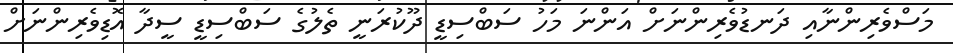
މަސްވެރިންނާއި ދަނޑުވެރިންނަށް އަންނަ މަހު ސަބްސިޑީ ދޫކުރަނީ ތެލުގެ ސަބްސިޑީ ސީދާ އޮޑިވެރިންނަށް